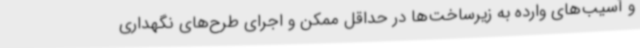
و آسیب‌های وارده به زیرساخت‌ها در حداقل ممکن و اجرای طرح‌های نگهداری